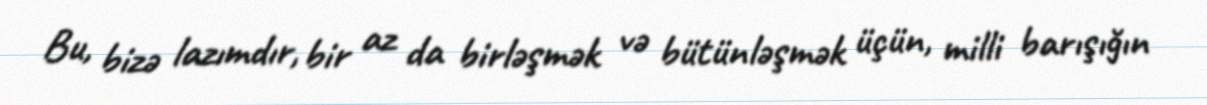
Bu, bizə lazımdır, bir az da birləşmək və bütünləşmək üçün, milli barışığın